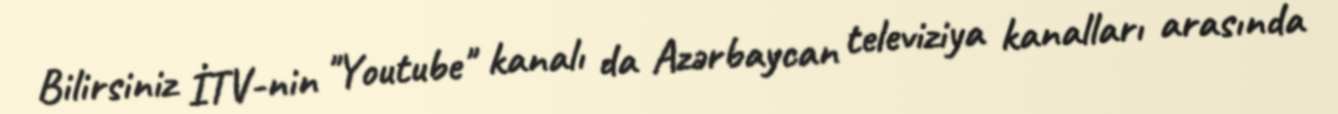
Bilirsiniz İTV-nin "Youtube" kanalı da Azərbaycan televiziya kanalları arasında